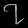
Digit: ၇